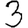
Digit: 3